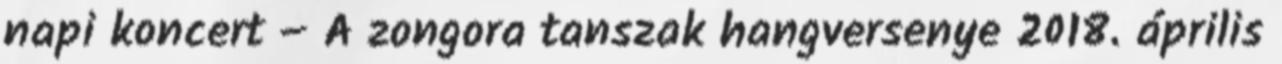
napi koncert – A zongora tanszak hangversenye 2018. április